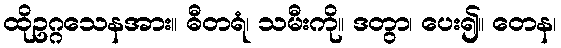
ထိုဥဂ္ဂသေနအား။ ဓီတရံ၊ သမီးကို။ ဒတွာ၊ ပေး၍။ တေန၊